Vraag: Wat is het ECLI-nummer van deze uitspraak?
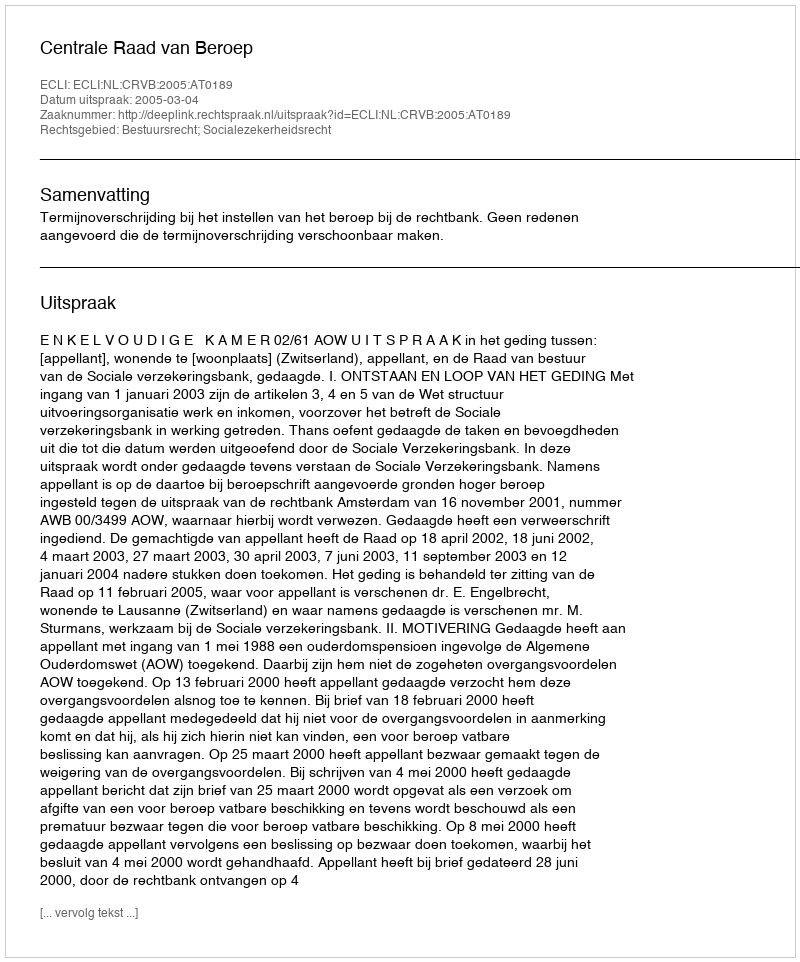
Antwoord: ECLI:NL:CRVB:2005:AT0189